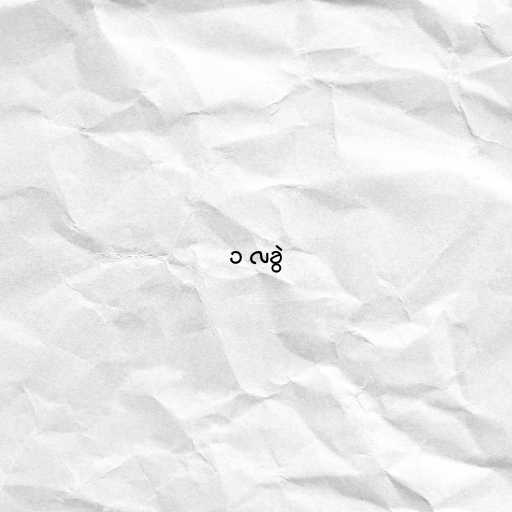
၁ လခွဲ